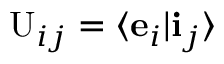
\mathrm { U } _ { i j } = \langle \mathbf { e } _ { i } | \mathbf { i } _ { j } \rangle